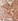
أن